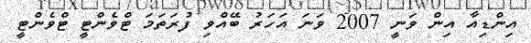
އިންޑިއާ އިން ވަނީ 2007 ވަނަ އަހަރު ބޭއްވި ފުރަތަމަ ޓްވެންޓީ ޓްވެންޓީ